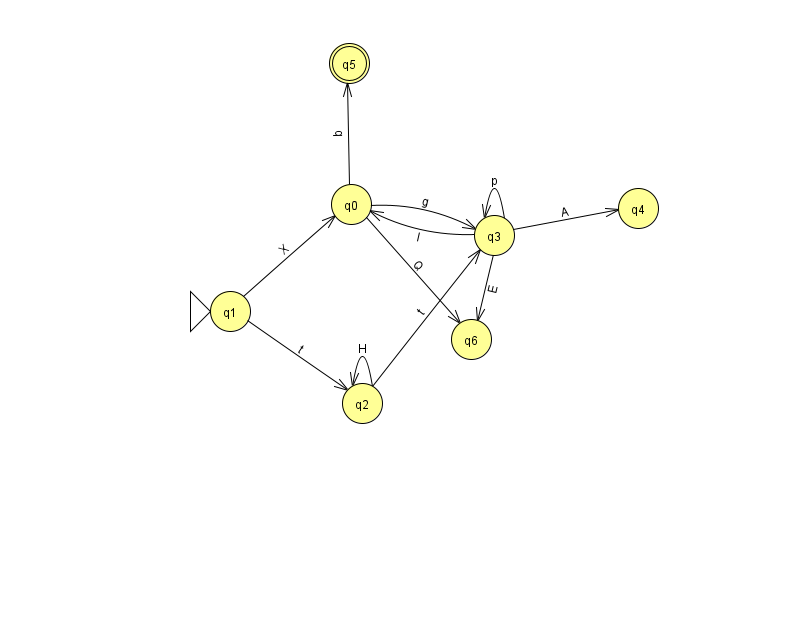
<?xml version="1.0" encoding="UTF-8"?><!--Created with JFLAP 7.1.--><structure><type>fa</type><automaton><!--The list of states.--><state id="0" name="q0"><x>351.0</x><y>191.0</y></state><state id="1" name="q1"><x>230.0</x><y>298.0</y><initial/></state><state id="2" name="q2"><x>362.0</x><y>390.0</y></state><state id="3" name="q3"><x>494.0</x><y>222.0</y></state><state id="4" name="q4"><x>638.0</x><y>195.0</y></state><state id="5" name="q5"><x>349.0</x><y>50.0</y><final/></state><state id="6" name="q6"><x>471.0</x><y>326.0</y></state><!--The list of transitions.--><transition><from>1</from><to>2</to><read>t</read></transition><transition><from>3</from><to>3</to><read>p</read></transition><transition><from>3</from><to>6</to><read>E</read></transition><transition><from>0</from><to>3</to><read>g</read></transition><transition><from>0</from><to>6</to><read>Q</read></transition><transition><from>2</from><to>3</to><read>t</read></transition><transition><from>3</from><to>4</to><read>A</read></transition><transition><from>0</from><to>5</to><read>q</read></transition><transition><from>2</from><to>2</to><read>H</read></transition><transition><from>3</from><to>0</to><read>l</read></transition><transition><from>1</from><to>0</to><read>X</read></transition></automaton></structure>